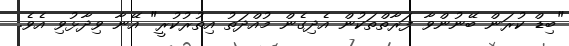
"ބިޑް ކުރަން ބޭނުންވާ ފަރާތްތަކުން އެދިގެން މުއްދަތު އިތުރުކުރީ" އޭނާ ވިދާޅުވި އެވެ.